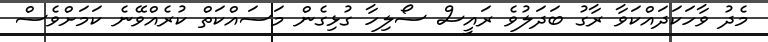
މެދު ވާހަކަދައްކަވާ ރާގު ބަދަލުވެ ރައީސް ސޯލިހާ ގުޅިގެން މަސައްކަތް ކުރެއްވޭނެ ކަމަށްވެސް